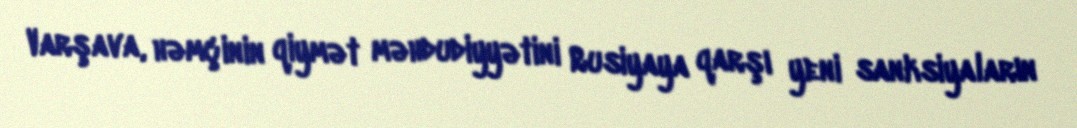
Varşava, həmçinin qiymət məhdudiyyətini Rusiyaya qarşı yeni sanksiyaların